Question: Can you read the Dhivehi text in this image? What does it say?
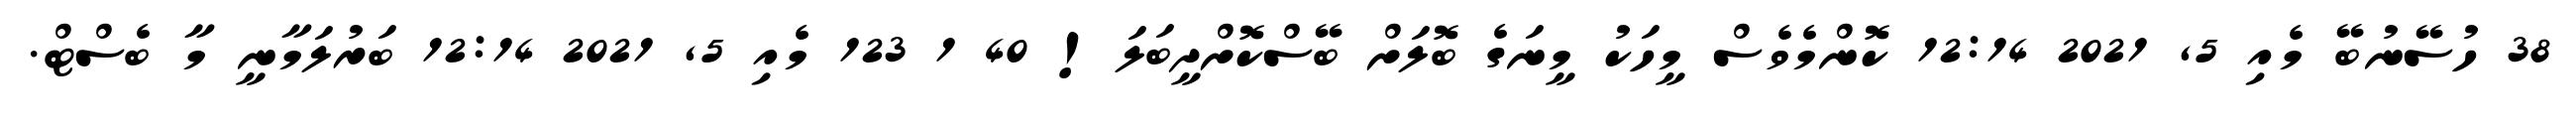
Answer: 38 ހުސޭނުބޭ މެއި 5, 2021 12:14 ކޮންމެވެސް މީހަކު މީނަގެ ބޮލަށް ބޭސްކޮށްދީބަލަ! 40 1 123 މެއި 5, 2021 12:14 ބަރުލަމާނީ މާ ބެސްޓް.